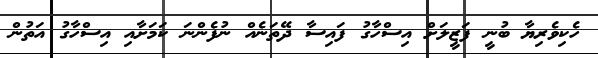
ހެކިވެރިޔާ ބުނީ ފަޒީލަށް އިސްހާގު ފައިސާ ދޭތަނެއް ނުފެންނަ ކަމަށާއި އިސްހާގު އަތުން